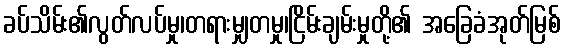
ခပ်သိမ်း၏လွတ်လပ်မှု၊တရားမျှတမှု၊ငြိမ်းချမ်းမှုတို့၏ အခြေခံအုတ်မြစ်